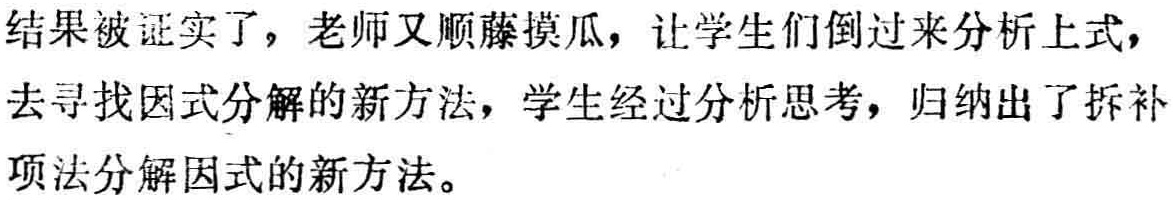
结果被证实了，老师又顺藤摸瓜，让学生们倒过来分析上式，去寻找因式分解的新方法，学生经过分析思考，归纳出了拆补项法分解因式的新方法。